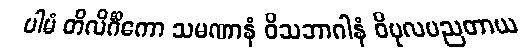
ပါမံ တိလိင်္ဂိကော သမဏာနံ ဝိသဘာဂါနံ ဝိပုလပညတာယ